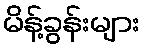
မိန့်ခွန်းများ